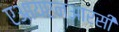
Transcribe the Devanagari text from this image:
एआयएनआरसी